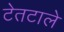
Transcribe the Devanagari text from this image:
टेतटाले